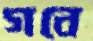
গবে